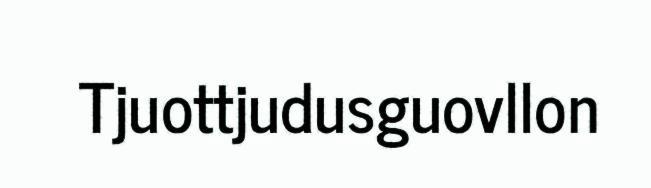
Tjuottjudusguovllon